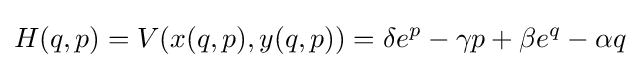
H(q,p)=V(x(q,p),y(q,p))=\delta e^{p}-\gamma p+\beta e^{q}-\alpha q